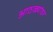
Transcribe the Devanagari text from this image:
आठळ्यांवर